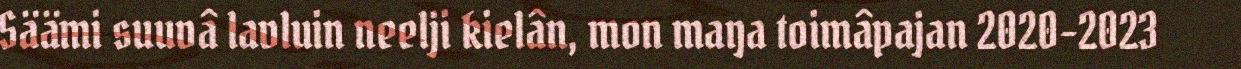
Säämi suuvâ lavluin neelji kielân, mon maŋa toimâpajan 2020-2023